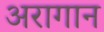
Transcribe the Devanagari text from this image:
अरागान